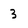
Character: 3